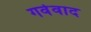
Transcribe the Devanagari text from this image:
गर्वेवाद